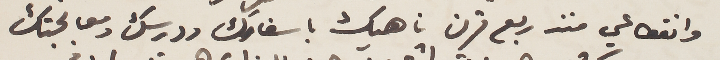
وانقطاعي منذ ربع قرن ناهيك باسفارك ودرسك ومعالجتك